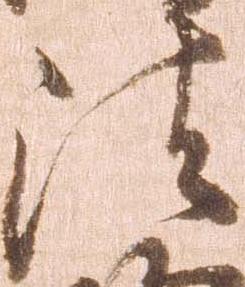
法